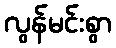
လွန်မင်းစွာ